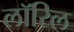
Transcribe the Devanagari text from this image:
लॉरिल